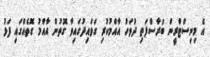
އެ މިނިސްޓްރީން ބުރާސްފަތި ދުވަހު އާއްމުކުރި ގަވައިދުގައިވާ ގޮތުން އާއްމު ގޮތެއްގައި ފަޅު